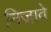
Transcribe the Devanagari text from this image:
निजावे